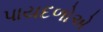
પાયદળોએ